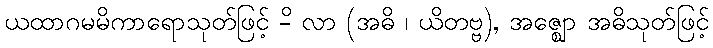
ယထာဂမမိကာရောသုတ်ဖြင့် -ိ လာ (အဓိ ၊ ယိတဗ္ဗ), အဇ္ဈော အဓိသုတ်ဖြင့်